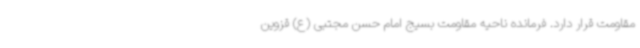
مقاومت قرار دارد. فرمانده ناحیه مقاومت بسیج امام حسن مجتبی (ع) قزوین